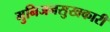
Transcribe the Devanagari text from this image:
मुनिजनसुखकारी